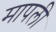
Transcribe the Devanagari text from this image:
मापली